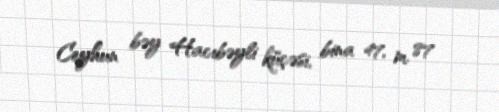
Ceyhun bəy Hacıbəyli küçəsi, bina 47, m. 87